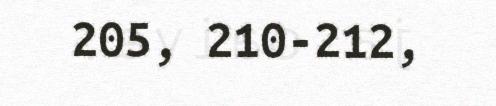
205, 210-212,